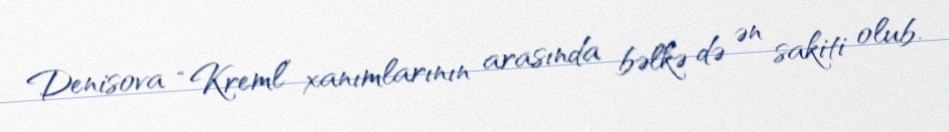
Denisova “Kreml” xanımlarının arasında bəlkə də ən sakiti olub.